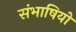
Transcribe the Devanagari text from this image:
संभाषियों